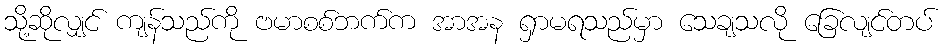
သို့ဆိုလျှင် ကျန်သည်ကို ဗမာစစ်ဘက်က အာအန ရှာမရသည်မှာ သေချသလို ခြေလျင်တပ်